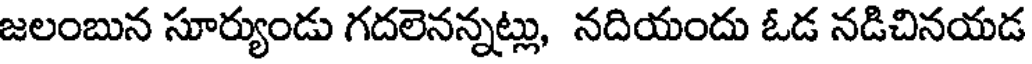
జలంబున సూర్యుండు గదలెనన్నట్లు, నదియందు ఓడ నడిచినయడ